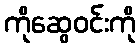
ကိုဆွေဝင်းကို